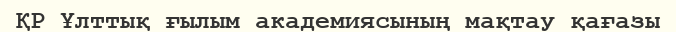
ҚР Ұлттық ғылым академиясының мақтау қағазы